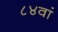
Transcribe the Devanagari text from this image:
८४वां